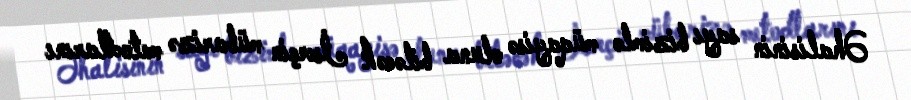
Əhalisinin sayı bizimlə müqayisə oluna biləcək İsveçin mübarizə metodlarını